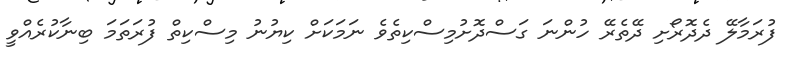
ފުރަމާލޭ ދެދޮރޯށި ދޭތެރޭ ހުންނަ ގަސްދޮށުމިސްކިތެވެ ނަމަކަށް ކިޔުނު މިސްކިތް ފުރަތަމަ ބިނާކުރެއްވީ